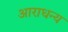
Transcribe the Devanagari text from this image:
आराधन्य